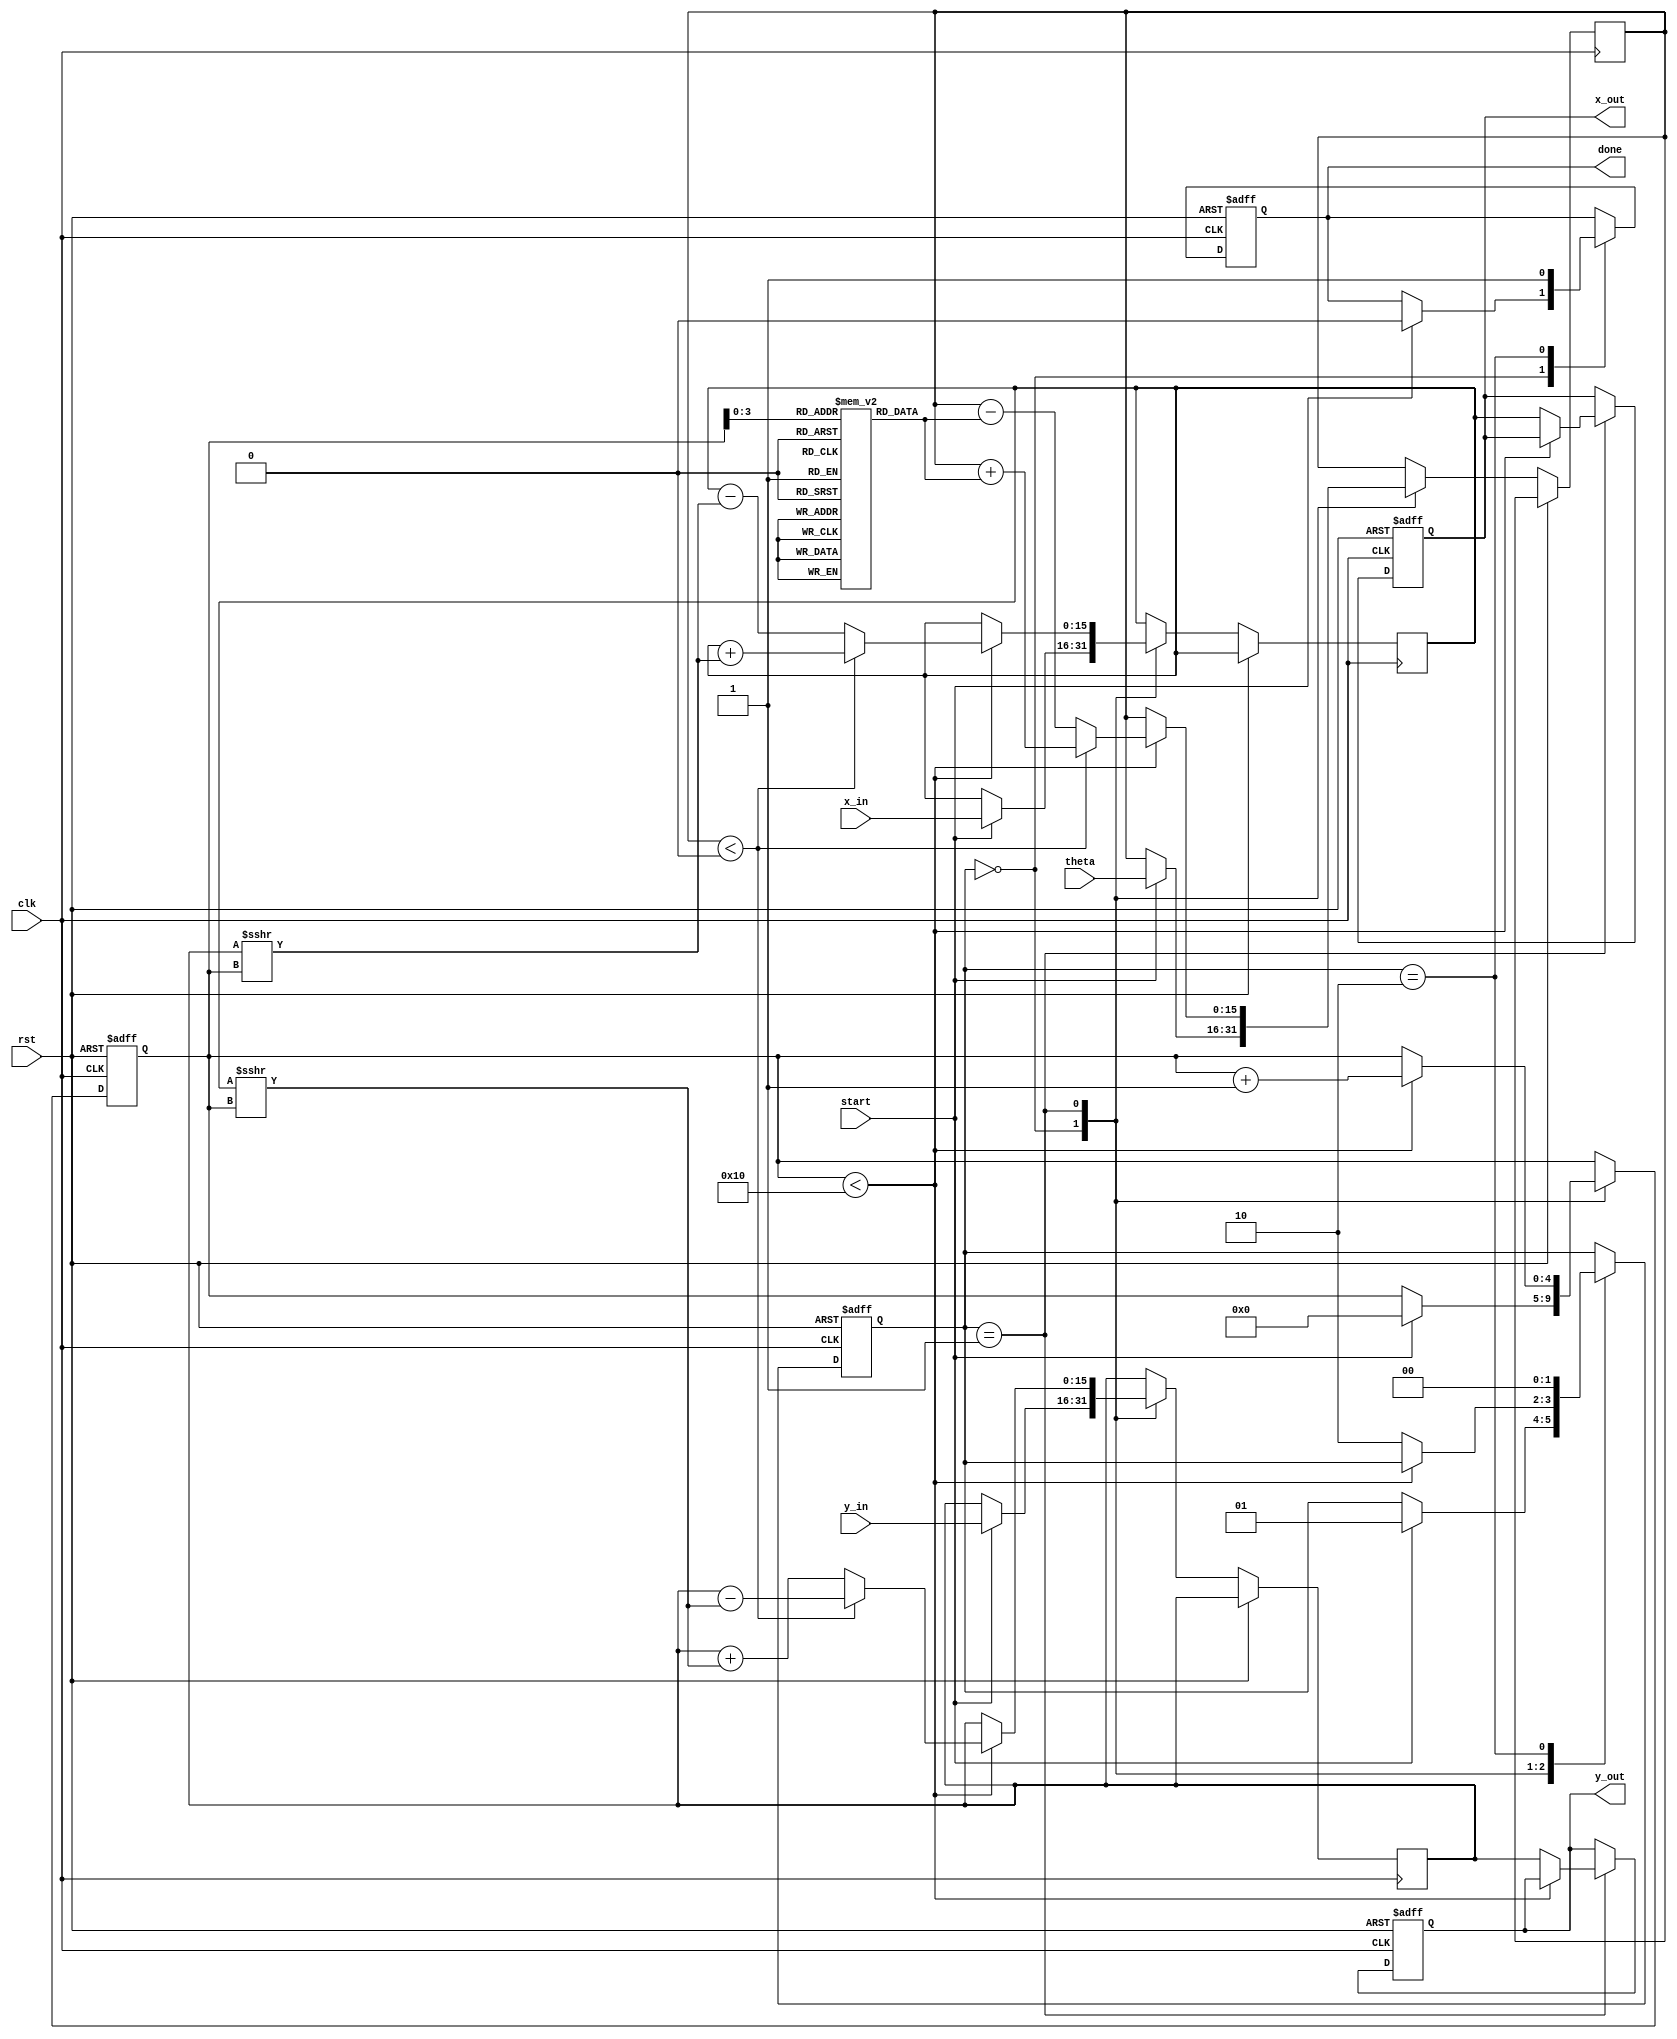
module modified_cordic #(
    parameter WIDTH = 16,          // Input and output width
    parameter ITERATIONS = 16      // Number of iterations
)(
    input wire clk,                // Clock signal
    input wire rst,                // Reset signal
    input wire start,              // Start signal
    input wire [WIDTH-1:0] x_in,   // Input X coordinate
    input wire [WIDTH-1:0] y_in,   // Input Y coordinate
    input wire [WIDTH-1:0] theta,   // Input angle in radians
    output reg [WIDTH-1:0] x_out,   // Output X coordinate
    output reg [WIDTH-1:0] y_out,   // Output Y coordinate
    output reg done                // Done signal
);

    // Internal signals
    reg [WIDTH-1:0] x_reg, y_reg;
    reg [WIDTH-1:0] angle_reg;
    reg [4:0] iteration; // 5 bits for iteration count
    reg [WIDTH-1:0] atan_table [0:ITERATIONS-1]; // Lookup table for arctangent values
    reg [1:0] state; // State machine for control

    // State machine states
    localparam IDLE = 2'b00, RUN = 2'b01, DONE = 2'b10;

    // Initialize arctangent values (example values, should be precomputed)
    initial begin
        atan_table[0] = 16'h2000; // atan(2^-0)
        atan_table[1] = 16'h1000; // atan(2^-1)
        atan_table[2] = 16'h0800; // atan(2^-2)
        atan_table[3] = 16'h0400; // atan(2^-3)
        atan_table[4] = 16'h0200; // atan(2^-4)
        // ... continue for all iterations
    end

    // Control Unit
    always @(posedge clk or posedge rst) begin
        if (rst) begin
            state <= IDLE;
            done <= 0;
            iteration <= 0;
            x_out <= 0;
            y_out <= 0;
        end else begin
            case (state)
                IDLE: begin
                    if (start) begin
                        x_reg <= x_in;
                        y_reg <= y_in;
                        angle_reg <= theta;
                        iteration <= 0;
                        state <= RUN;
                        done <= 0;
                    end
                end
                RUN: begin
                    if (iteration < ITERATIONS) begin
                        // CORDIC rotation logic
                        if (angle_reg < 0) begin
                            x_reg <= x_reg + (y_reg >>> iteration);
                            y_reg <= y_reg - (x_reg >>> iteration);
                            angle_reg <= angle_reg + atan_table[iteration];
                        end else begin
                            x_reg <= x_reg - (y_reg >>> iteration);
                            y_reg <= y_reg + (x_reg >>> iteration);
                            angle_reg <= angle_reg - atan_table[iteration];
                        end
                        iteration <= iteration + 1;
                    end else begin
                        x_out <= x_reg;
                        y_out <= y_reg;
                        state <= DONE;
                    end
                end
                DONE: begin
                    done <= 1;
                    state <= IDLE; // Go back to IDLE after completion
                end
            endcase
        end
    end

endmodule